Code of medical and sanitary regulations for the guidance of medical officers serving in the Madras Presidency - Volume II
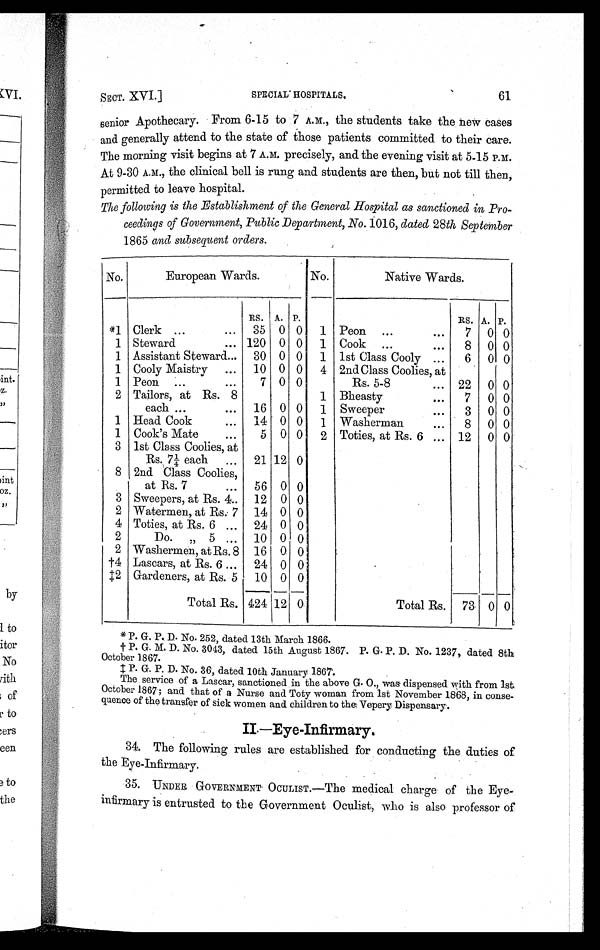
SECT. XVI.]
SPECIAL HOSPITALS.
61
senior Apothecary. From 6-15 to 7 A.M., the students take the new cases
and generally attend to the state of those patients committed to their care.
The morning visit begins at 7 A.M. precisely, and the evening visit at 5-15 P.M.
At 9-30 A.M., the clinical bell is rung and students are then, but not till then,
permitted to leave hospital.
The following is the Establishment of the General Hospital as sanctioned in Pro
- c e e d i n g s o f G o v e r n m e n t , P u b l i c D e p a r t m e n t , N o.
1 0 1 6 ,
d a t e d
2 8
t h S e p t e m b e r
1865 and subsequent orders .
No.
European Wards.
No.
Native Wards.
RS. A. P.
RS. A. P.
*1 Clerk ...
...
35 0 0
1 Peon ...
...
7 0 0
1 Steward
... 120 0 0
1 Cook ...
...
8
0 0
1 Assistant Steward...
30 0 0
1 1st Class Cooly ...
6
0 0
1 Cooly Maistry
...
10 0 0
4 2nd Class Coolies, at
1 Peon ...
...
7 0 0
Rs. 5-8
... 22
0 0
2 Tailors, at Rs. 8
each ...
...
16 0 0
1
1
Bheasty
...
Sweeper
...
7
3
0
0
0
0
1 Head Cook
...
14 0 0
1 Washerman
...
8
0 0
1 Cook's Mate
...
5 0 0
2 Toties, at Rs. 6 ... 12
0 0
3 1st Class Coolies, at
Rs. 7 1/4 each . . . 21 12 0
8 2nd Class Coolies,
at Rs. 7
...
56 0 0
3 Sweepers, at Rs. 4..
12 0 0
2 Watermen, at Rs: 7 14 0 0 ,
4 Toties, at Rs. 6 ...
24 0 0
2
Do.
„ 5 ...
10 0 0
2 Washermen, at Rs. 8 16 0 0
†4 Lascars, at Rs. 6 ...
24 0 0
•
2 Gardeners, at Rs. 5
10 0 0
Total Rs. 424 12 0
Total Rs.
73 0 0
P. G. P. D. No. 252, dated 13th March 1866.
† P. G. M. D. No. 3043, dated 15th August 1867. P. G. P. D. No. 1237, dated 8th
October 1867.
‡ P. G. P. D. No. 36, dated 10th January 1867.
The service of a Lascar, sanctioned in the above G. O., was dispensed with from 1st
October 1867; and that of a Nurse and Toty woman from 1st November 1868, in conse
- q u e n c e o f t h e t r a n s f e r o f s i c k w o m e n a n d c h i l d r e n t o t h e V e p e r y D i s p e n s a r y .
I I — E y e - I n f i r m a r y .
3 4 . T h e f o l l o w i n g r u l e s a r e e s t a b l i s h e d f o r c o n d u c t i n g t h e d u t i e s o f
the Eye-Infirmary.
3 5 . U N D E R . G O V E R N M E N T O C U L I S T . — T h e m e d i c a l c h a r g e o f t h e E y e -
infirmary is entrusted to the Government Oculist, who is also professor of